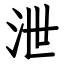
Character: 泄